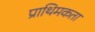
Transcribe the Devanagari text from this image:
प्राथिमकता